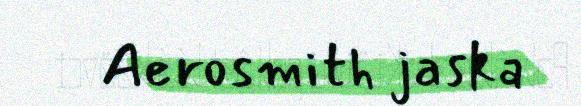
Aerosmith jaska